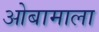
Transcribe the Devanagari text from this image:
ओबामाला